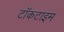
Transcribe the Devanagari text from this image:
टॉकटाइम